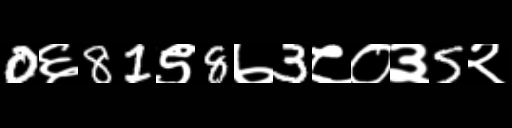
Text: 0६81९8७3८०३5२